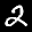
Label: 2